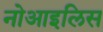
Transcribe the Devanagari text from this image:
नोआइलिस